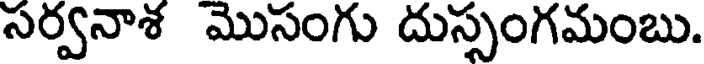
సర్వనాశ మొసంగు దుస్సంగమంబు.